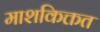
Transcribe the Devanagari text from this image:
माशकिक्तत